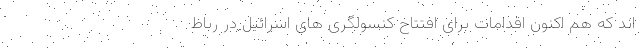
اند که هم اکنون اقدامات برای افتتاح کنسولگری های اسرائیل در رباط